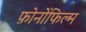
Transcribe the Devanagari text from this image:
फ़ोनोंफिल्म